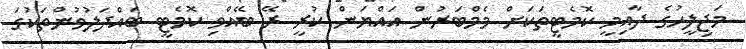
މަޖިލީހުގެ ދާއިމީ ކޮމެޓީތަކަށް މެމްބަރުން އައްޔަން ކުރީ ރޭ ބޭއްވި ކޮމެޓީ ބައްދަލުވުންތަކުގަ